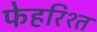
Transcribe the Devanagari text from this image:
फेहरिश्त